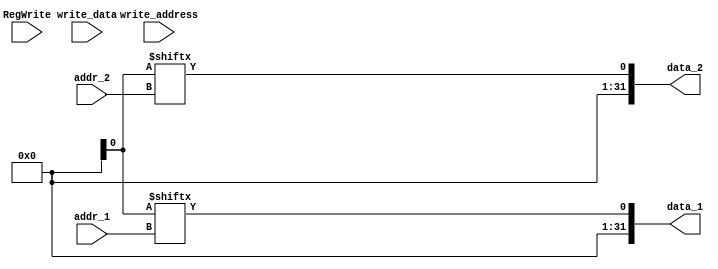
module reg_mem(addr_1,addr_2,data_1,data_2, write_address, RegWrite, write_data );
    input [4:0] addr_1;
    input [4:0] addr_2;
    output reg [31:0] data_1;
    output reg [31:0] data_2;
    input [31:0] write_data;
    input RegWrite;
    input [4:0] write_address;


    initial begin
        global.Rmem[1]=10;
        global.Rmem[2]=0;
        global.Rmem[0]=0;


    end

    always @(write_data) begin
    if(RegWrite) begin
        global.Rmem[write_address] <= write_data ;
    end 
    end

    always@( addr_2 or addr_1) begin
        data_2 = global.Rmem[addr_2];
        data_1 = global.Rmem[addr_1];
    end

endmodule